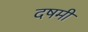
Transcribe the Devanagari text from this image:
दषमी